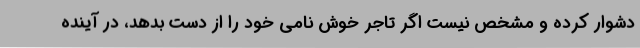
دشوار کرده و مشخص نیست اگر تاجر خوش نامی خود را از دست بدهد، در آینده